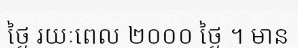
ថ្ងៃ រយៈពេល ២០០០ ថ្ងៃ ។ មាន